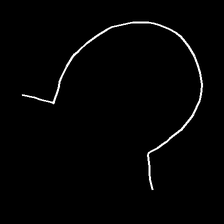
Glyph: weave